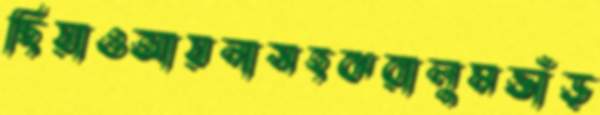
ছিয়াওআয়নাসহঝরালুমভাঁড়